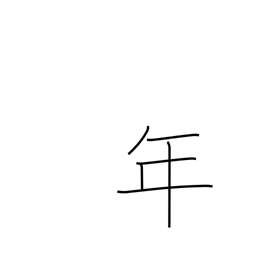
Meaning: counter for years